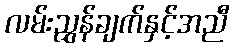
လမ်းညွှန်ချက်နှင့်အညီ